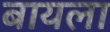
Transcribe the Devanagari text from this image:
बायला